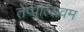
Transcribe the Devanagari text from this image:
तेप्पोत्सवम